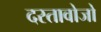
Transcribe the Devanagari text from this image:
दस्तावोजो